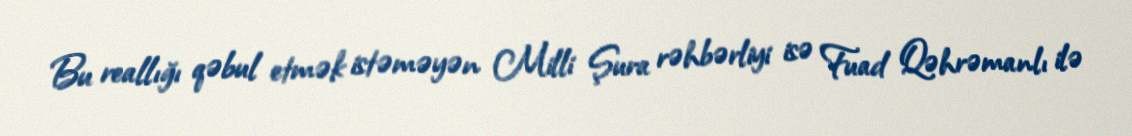
Bu reallığı qəbul etmək istəməyən Milli Şura rəhbərliyi isə Fuad Qəhrəmanlı ilə